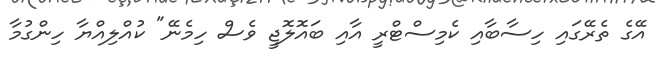
އޭގެ ތެރޭގައި ހިސާބާއި ކެމިސްޓްރީ އާއި ބައޮލޮޖީ ވެސް ހިމެނޭ" ކުއްލިއްޔާ ހިންގުމާ